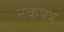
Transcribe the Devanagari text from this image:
नकषत्र